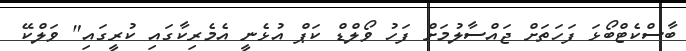
ބާސްކެޓްބޯޅަ ފަހަތަށް ޖައްސާލުމަށް ފަހު ވޯލްޑް ކަޕް އުޅެނީ އެމެރިކާގައި ކުރީގައި" ވަލްކޭ